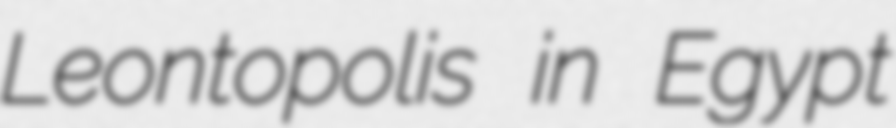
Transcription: Leontopolis in Egypt